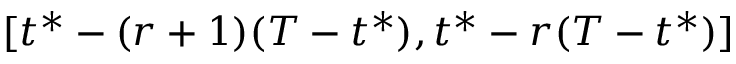
[ t ^ { * } - ( r + 1 ) ( T - t ^ { * } ) , t ^ { * } - r ( T - t ^ { * } ) ]